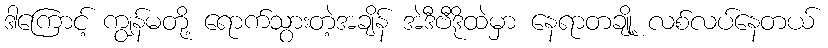
ဒါကြောင့် ကျွန်မတို့ ရောက်သွားတဲ့အချိန် အဲဒီဗီဒိုထဲမှာ နေရာတချို့ လစ်လပ်နေတယ်